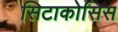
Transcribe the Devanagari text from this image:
सिटाकोसिस